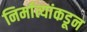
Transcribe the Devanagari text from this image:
निर्मात्यांकडून